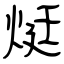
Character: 烶